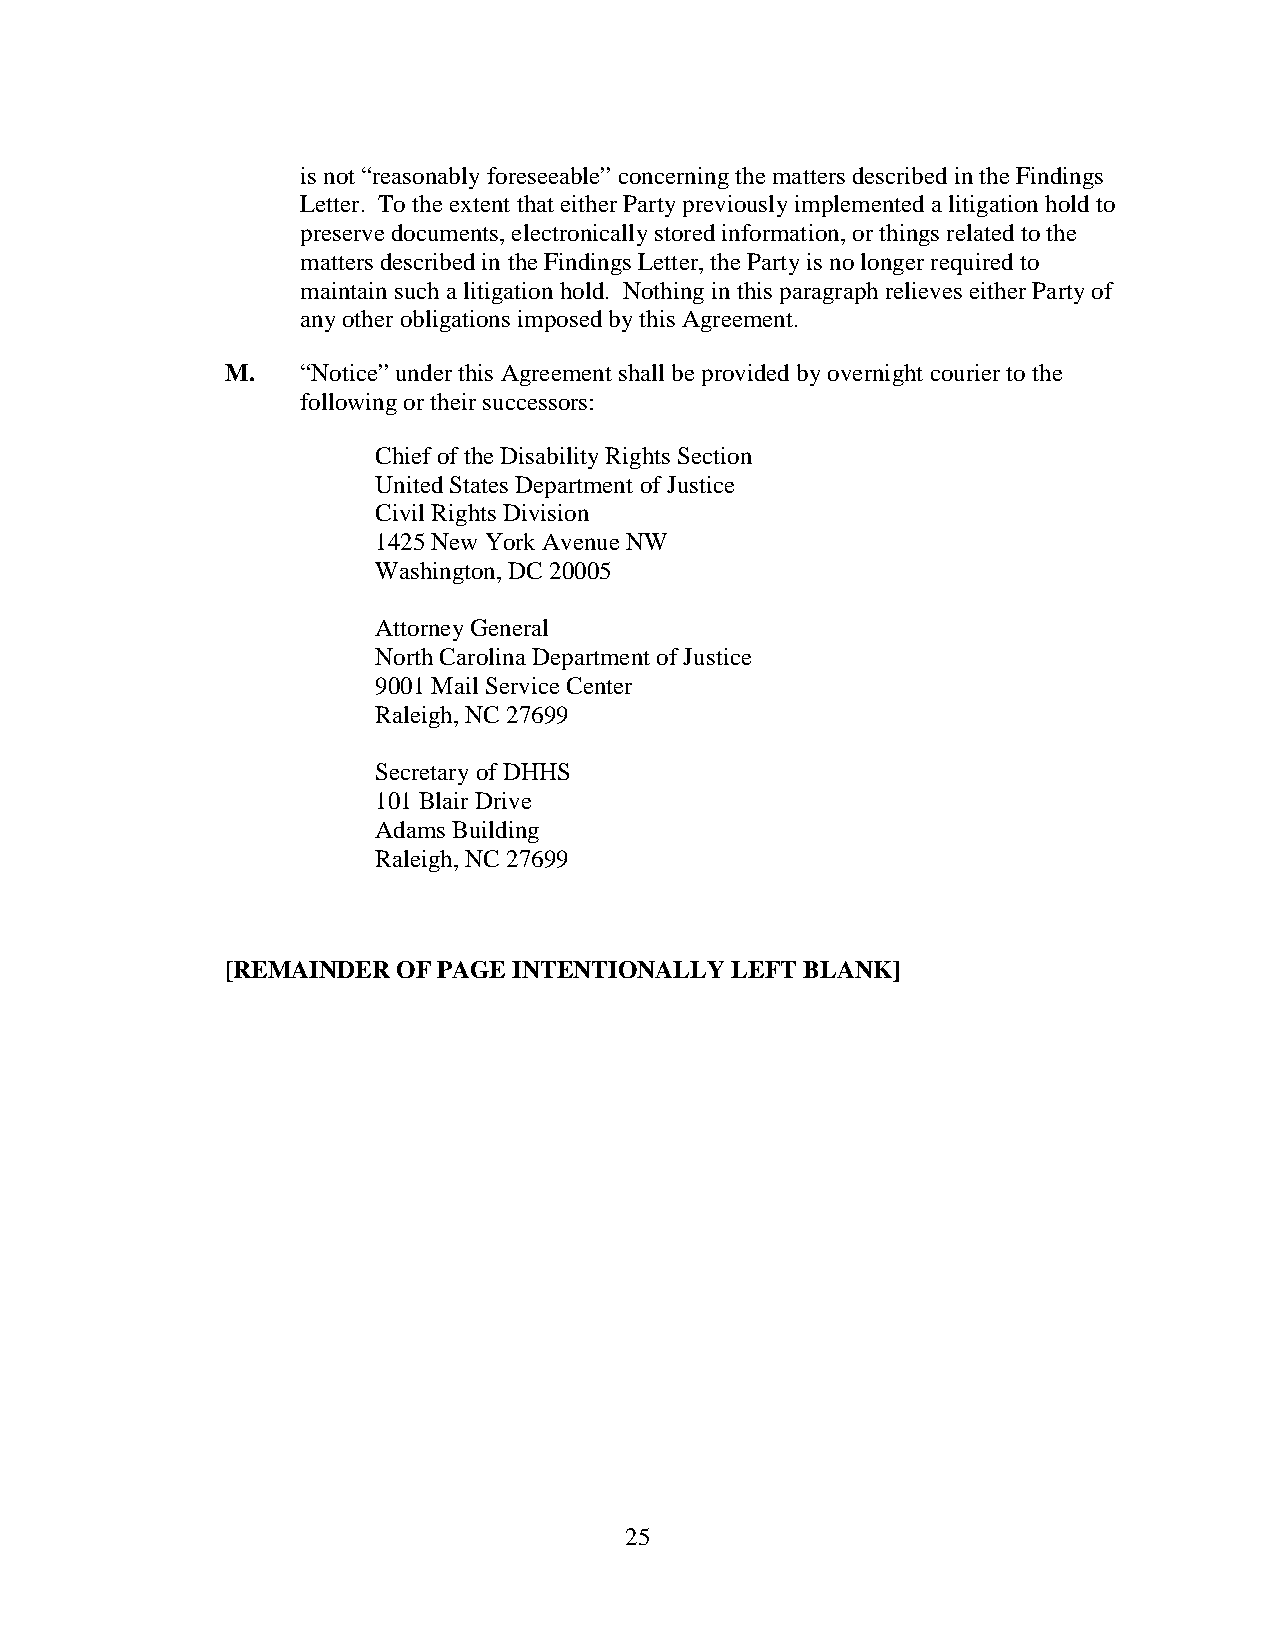
is not “reasonably foreseeable” concerning the matters described in the Findings
 Letter. To the extent that either Party previously implemented a litigation hold to
 preserve documents, electronically stored information, or things related to the
 matters described in the Findings Letter, the Party is no longer required to
 maintain such a litigation hold. Nothing in this paragraph relieves either Party of
 any other obligations imposed by this Agreement.
 M.   “Notice” under this Agreement shall be provided by overnight courier to the
 following or their successors:
 Chief of the Disability Rights Section
 United States Department of Justice
 Civil Rights Division
 1425 New York Avenue NW
 Washington, DC 20005
 Attorney General
 North Carolina Department of Justice
 9001 Mail Service Center
 Raleigh, NC 27699
 Secretary of DHHS
 101 Blair Drive
 Adams Building
 Raleigh, NC 27699
 [REMAINDER OF PAGE INTENTIONALLY LEFT BLANK]
 25